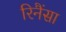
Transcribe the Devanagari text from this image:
रिनैंसा